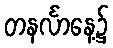
တနင်္လာနေ့၌